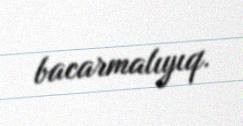
bacarmalıyıq.